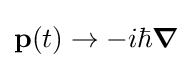
\mathbf {p} (t)\to -i\hbar {\boldsymbol {\nabla }}